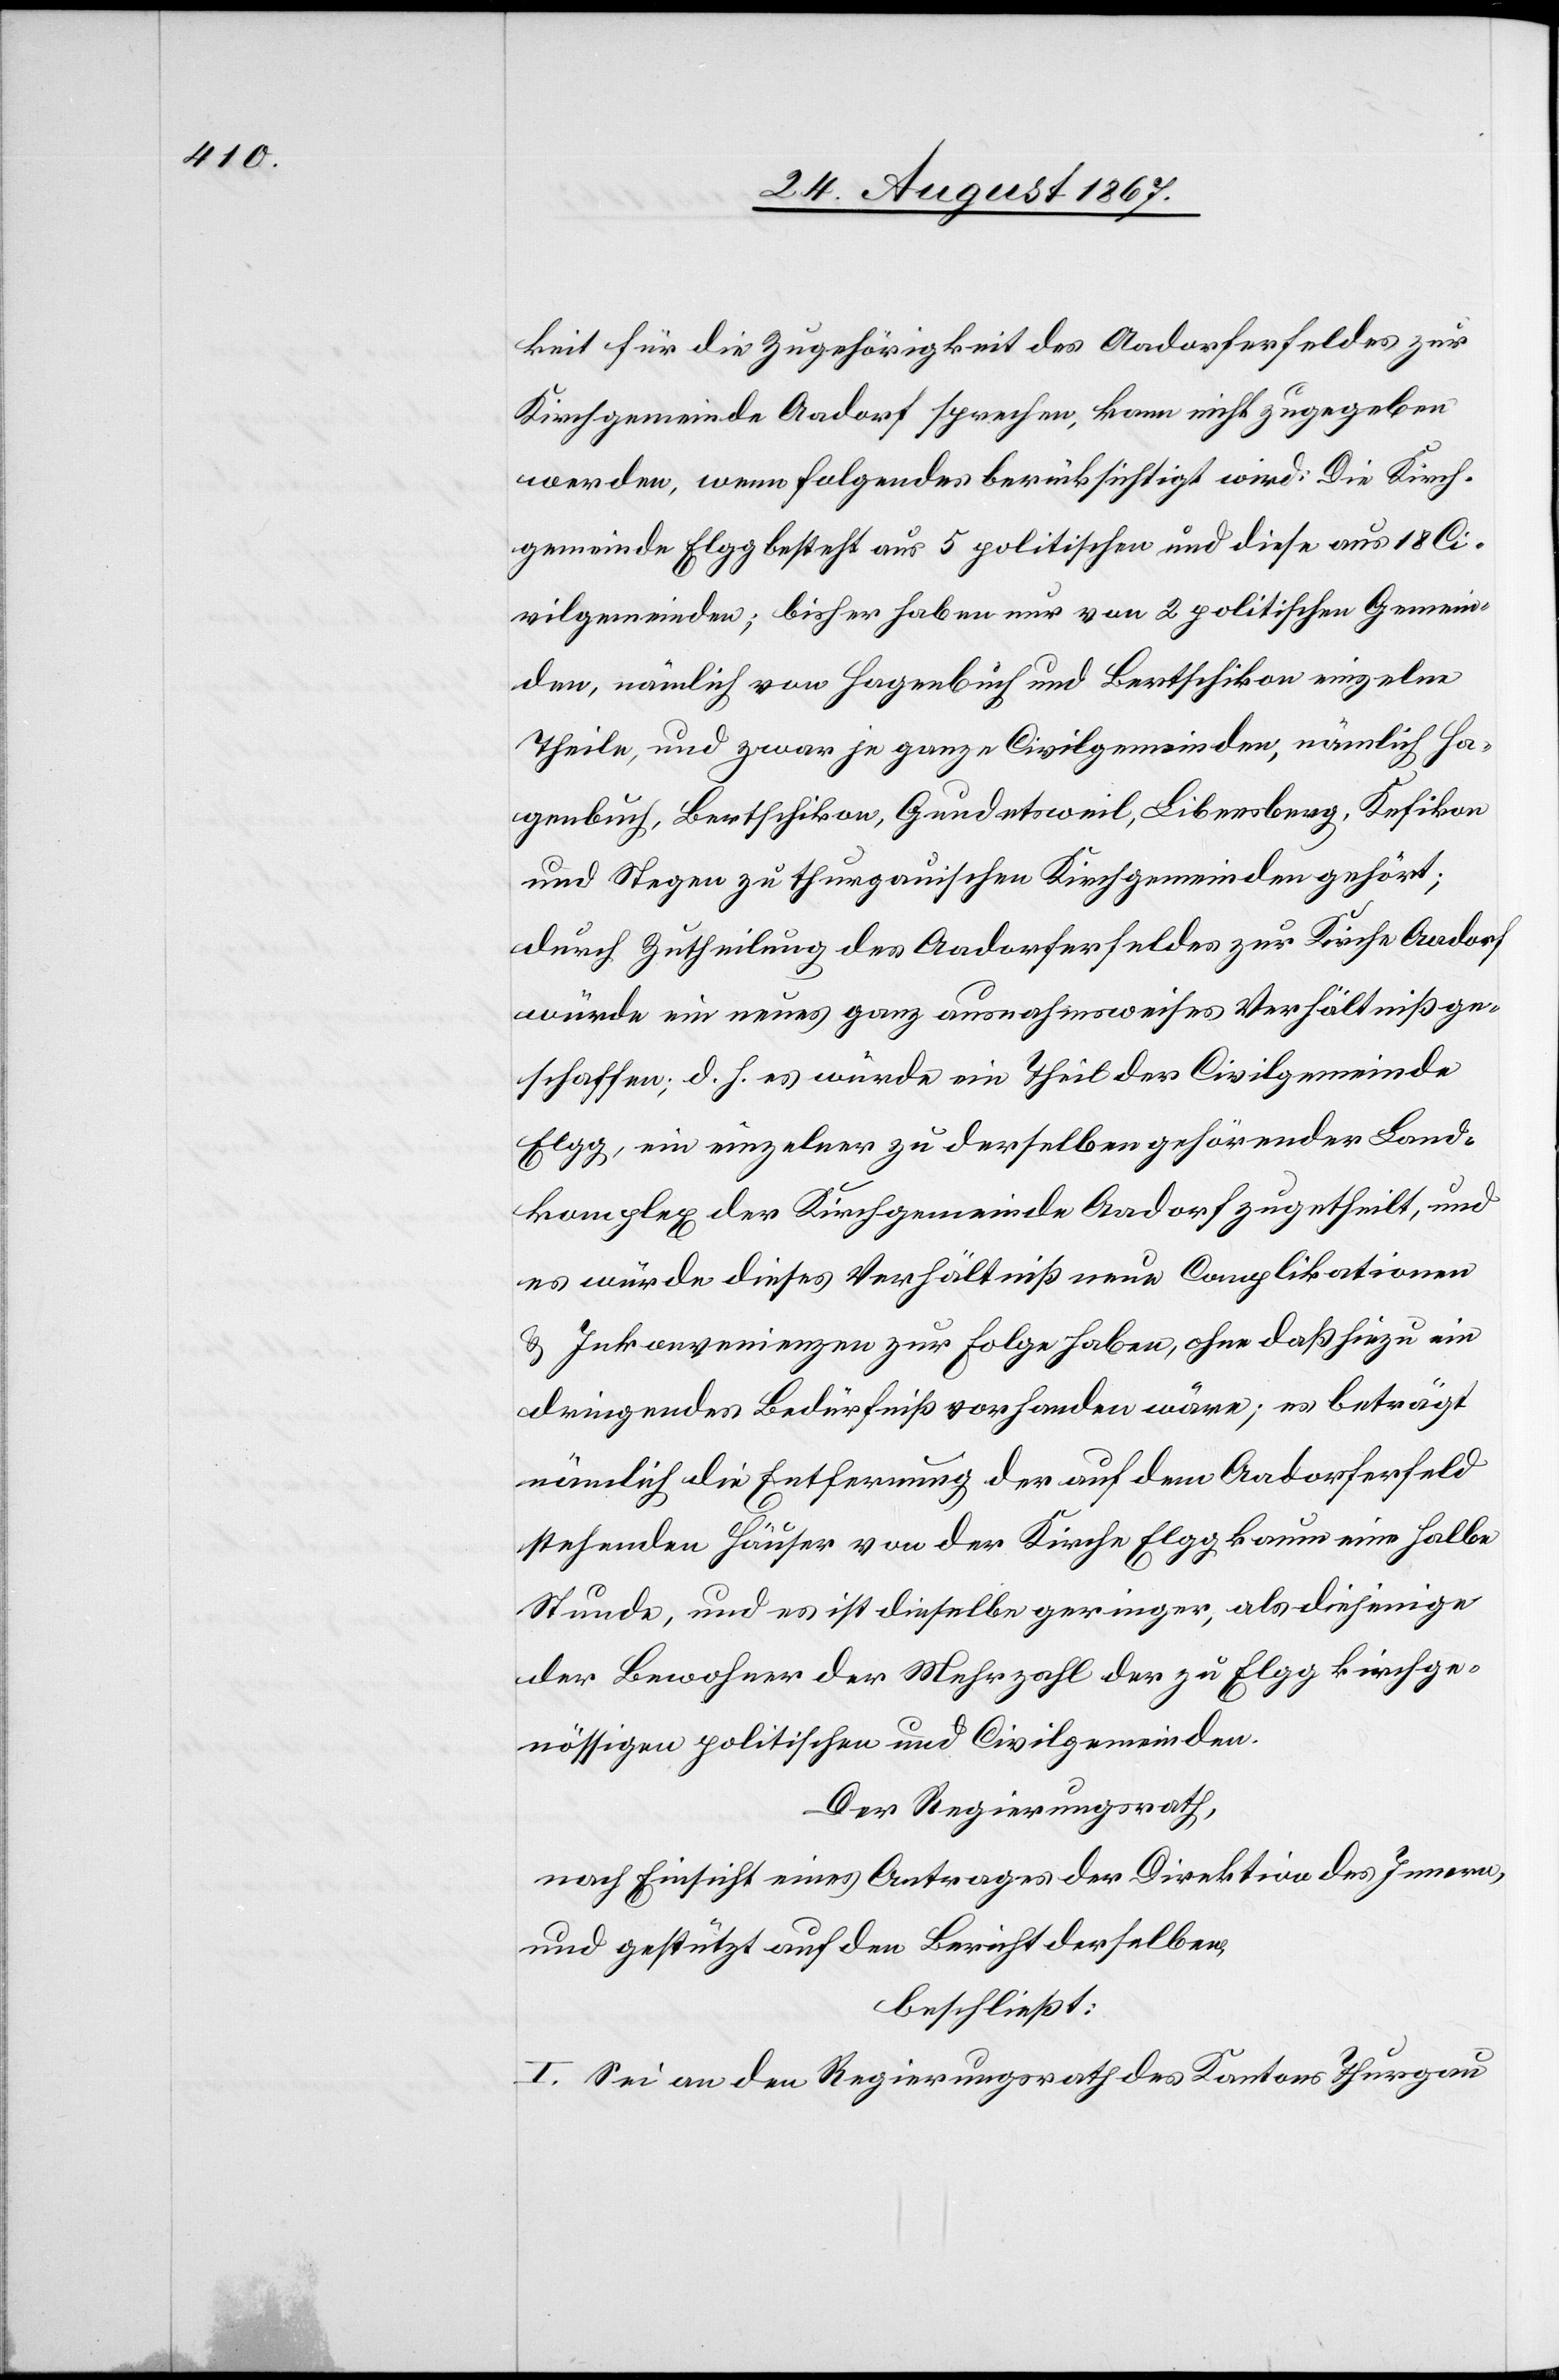
keit für die Zugehörigkeit des Aadorferfeldes zur
Kirchgemeinde Aadorf sprechen, kann nicht zugegeben
werden, wenn folgendes berücksichtigt wird: Die Kirch¬
gemeinde Elgg bestehe aus 5 politischen und diese aus 18 Ci¬
vilgemeinden; bisher haben nur von 2 politischen Gemein¬
den, nämlich von Hagenbuch und Bertschikon einzelne
Theile, und zwar je ganze Civilgemeinden, nämlich Ha¬
genbuch, Bertschikon, Gundetsweil, Libersberg, Kefikon
und Stegen zu thurgauischen Kirchgemeinden gehört;
durch Zutheilung des Aadorferfeldes zur Kirche Aadorf
würde ein neues ganz ausnahmsweises Verhältniß ge¬
schaffen; d. h. es würde ein Theil der Civilgemeinde
Elgg, ein einzelner zu derselben gehörender Land¬
komplex der Kirchgemeinde Aadorf zugetheilt, und
es würde dieses Verhältniß neue Complikationen
u. Inkonvenienzen zur Folge haben, ohne daß hiezu ein
dringendes Bedürfniß vorhanden wäre; es beträgt
nämlich die Entfernung der auf dem Aadorferfeld
stehenden Häuser von der Kirche Elgg kaum eine halbe
Stunde, und es ist dieselbe geringer, als diejenige
der Bewohner der Mehrzahl der zu Elgg kirchge¬
nössigen politischen und Civilgemeinden.
Der Regierungsrath,
nach Einsicht eines Antrages der Direktion des Innern,
und gestützt auf den Bericht derselben,
beschließt:
I. Sei an den Regierungsrath des Kantons Thurgau